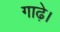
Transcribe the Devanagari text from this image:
गाढ़े।